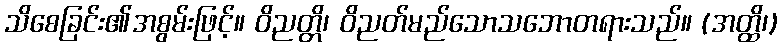
သိစေခြင်း၏အစွမ်းဖြင့်။ ဝိညတ္တိ၊ ဝိညတ်မည်သောသဘောတရားသည်။ (အတ္ထိ၊)